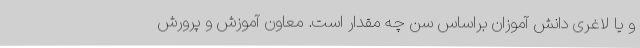
و یا لاغری دانش آموزان براساس سن چه مقدار است. معاون آموزش و پرورش